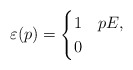
\begin{align*} \varepsilon(p) = \begin{cases} 1 & p E,\\ 0 & \end{cases}\end{align*}